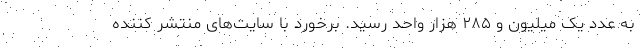
به عدد یک میلیون و ۲۸۵ هزار واحد رسید. برخورد با سایت‌های منتشر کننده